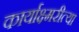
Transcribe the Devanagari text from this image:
कार्याक्ष्मरीत्या